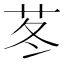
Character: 苳